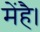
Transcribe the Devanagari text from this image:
मेंहै।